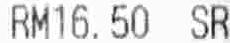
RM16.50 SR